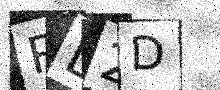
Text: RL2D